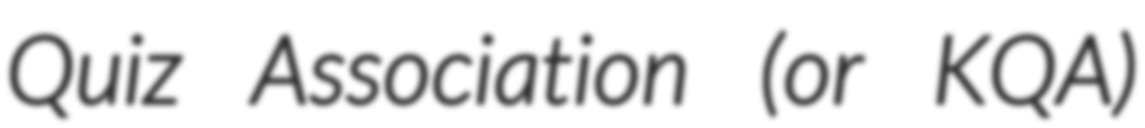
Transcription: Quiz Association (or KQA)